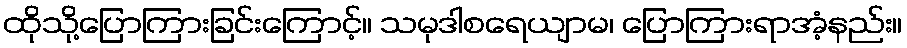
ထိုသို့ပြောကြားခြင်းကြောင့်။ သမုဒါစရေယျာမ၊ ပြောကြားရာအံ့နည်း။